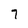
Character: 7